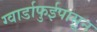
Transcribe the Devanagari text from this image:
ग्वार्डाफुईपासून